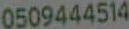
0509444514